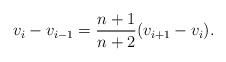
LaTeX: \begin{align*}v_i - v_{i-1} = \dfrac{n+1}{n+2}(v_{i+1} - v_i).\end{align*}